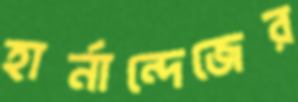
হার্নান্দেজের